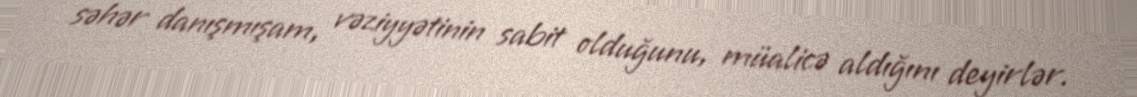
səhər danışmışam, vəziyyətinin sabit olduğunu, müalicə aldığını deyirlər.